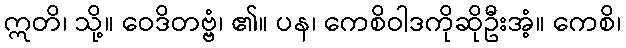
ဣတိ၊ သို့။ ဝေဒိတဗ္ဗံ၊ ၏။ ပန၊ ကေစိဝါဒကိုဆိုဦးအံ့။ ကေစိ၊